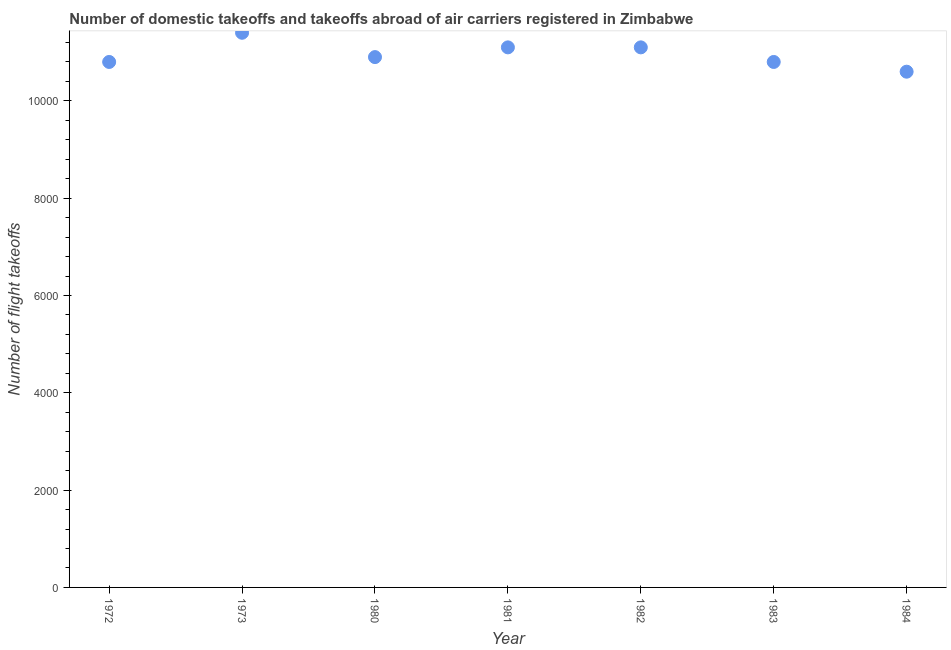
| Year | Air transport |
 | --- | --- |
 | 1972 | 1.08e+04 |
 | 1973 | 1.14e+04 |
 | 1980 | 1.09e+04 |
 | 1981 | 1.11e+04 |
 | 1982 | 1.11e+04 |
 | 1983 | 1.08e+04 |
 | 1984 | 1.06e+04 |